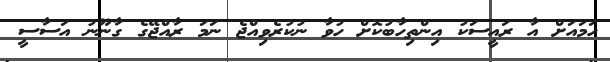
ހަމައަށް އާ ރައީސަކު އިންތިހާބުކޮށް ހުވާ ނުކުރެވިއްޖެ ނަމަ ރާއްޖޭގެ ގާނޫނު އަސާސީ